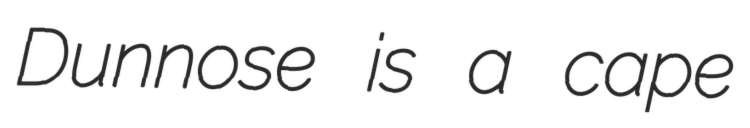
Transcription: Dunnose is a cape